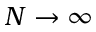
N \to \infty